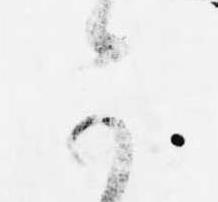
可